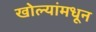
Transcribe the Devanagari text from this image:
खोल्यांमधून